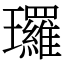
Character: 㼈